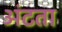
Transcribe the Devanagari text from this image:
अंटता